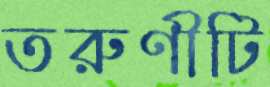
তরুণীটি